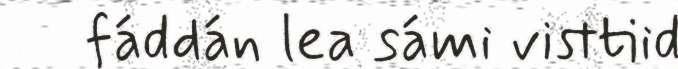
fáddán lea sámi visttiid